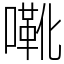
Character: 㗾